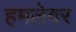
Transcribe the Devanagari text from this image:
हमलेवर